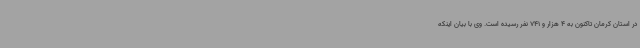
در استان کرمان تاکنون به 4 هزار و 741 نفر رسیده است. وی با بیان اینکه